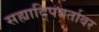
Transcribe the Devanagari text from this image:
सह्यादि्पवर्तावर